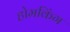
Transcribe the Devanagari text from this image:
होमकिंग